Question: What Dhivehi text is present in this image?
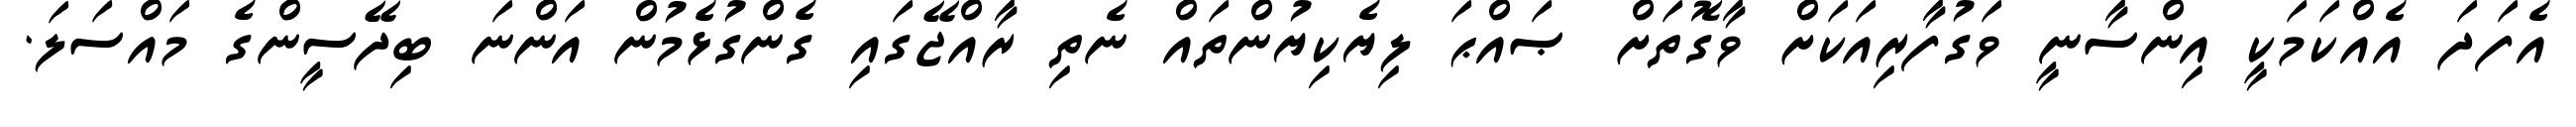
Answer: އެފަދަ އެއްކަމަކީ އިންސާނީ ވަގުފާރިއަކަށް ވާގޮތަށް ޞައްޙަ ލިޔެކިޔުންތައް ނެތި ރާއްޖޭގައި ގެންގުޅެމުން އަންނަ ބިދޭސީންގެ މައްސަލަ.